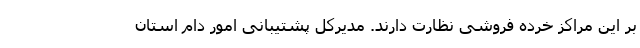
بر این مراکز خرده فروشی نظارت دارند. مدیرکل پشتیبانی امور دام استان